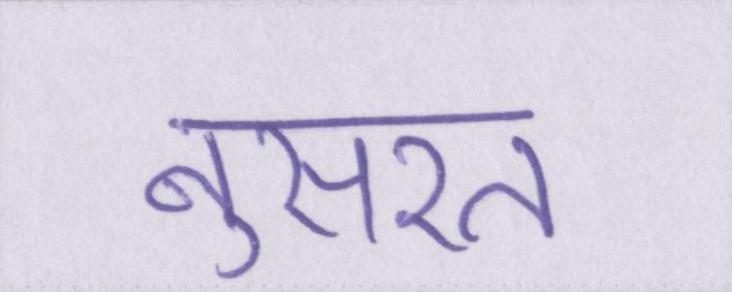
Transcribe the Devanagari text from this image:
नुसरत